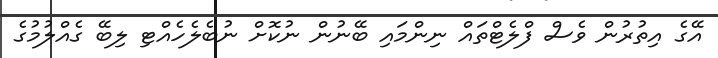
އޭގެ އިތުރުން ވެސް ފްލެޓްތައް ނިންމައި ބޭނުން ނުކޮށް ނުބެލެހެއްޓި ލިބޭ ގެއްލުމުގެ